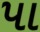
પા